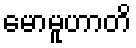
မောမူဟာတိ